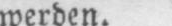
werden.